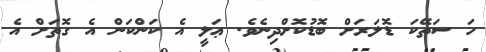
ހަ ސަތޭކަ ޑޮލަރަށް ބޮޑުކޮށްދިނެވެ. ޢަލީ އެ ކަންކަން އެ ގޮތަށް އެ